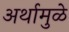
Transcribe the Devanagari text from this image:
अर्थामुळे